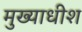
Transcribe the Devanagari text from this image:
मुख्याधीश